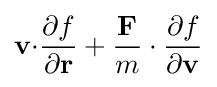
\mathbf {v\cdot } {\frac {\partial f}{\partial \mathbf {r} }}+{\frac {\mathbf {F} }{m}}\cdot {\frac {\partial f}{\partial \mathbf {v} }}